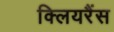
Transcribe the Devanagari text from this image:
क्लियरैंस